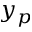
y _ { p }